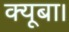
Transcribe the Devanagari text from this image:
क्यूबा।